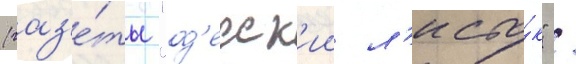
(газ'е́ты "од'есск'ии л'исто́к" /